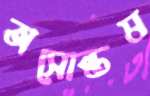
অসোন্তষ